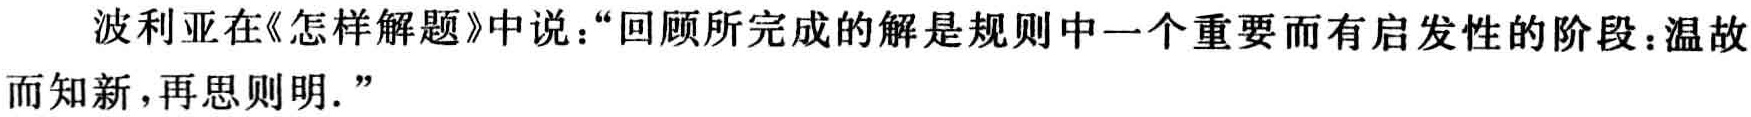
波利亚在《怎样解题》中说：“回顾所完成的解是规则中一个重要而有启发性的阶段：温故而知新，再思则明.”